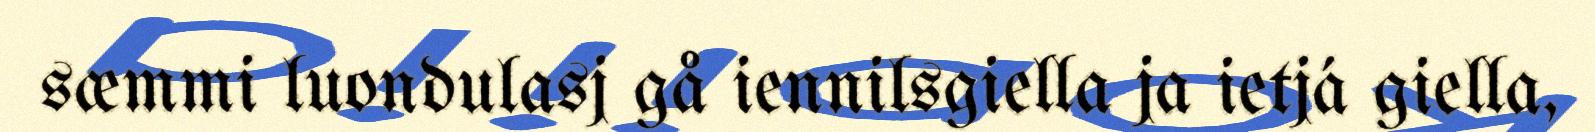
sæmmi luondulasj gå iennilsgiella ja ietjá giella,